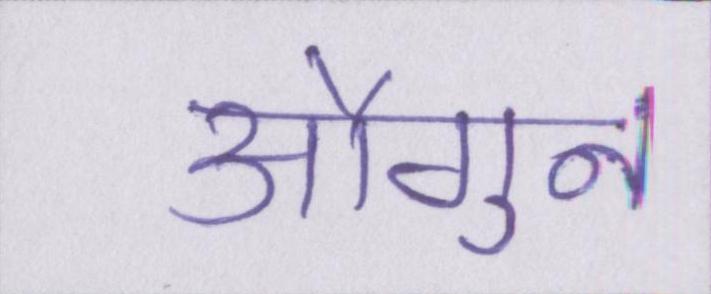
औगुन